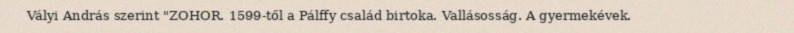
Vályi András szerint "ZOHOR. 1599-től a Pálffy család birtoka. Vallásosság. A gyermekévek.